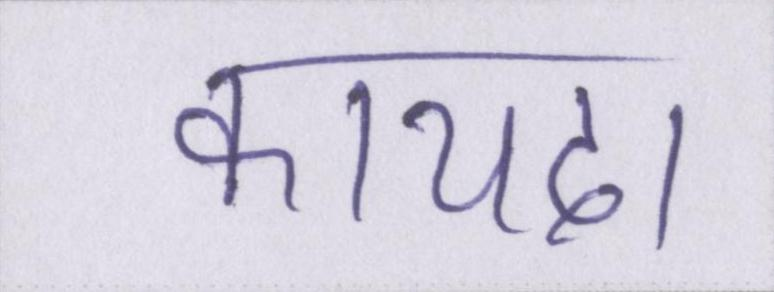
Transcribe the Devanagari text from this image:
कायदा